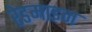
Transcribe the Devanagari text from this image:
रेडमाइन